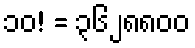
၁၀! = ၃၆၂၈၈၀၀